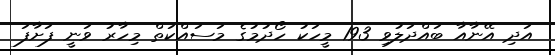
އަދި އޭނާއާ ބައްދަލުވި 193 މީހަކު ހޯދުމުގެ މަސައްކަތް މިހާރު ވަނީ ފަށާފަ